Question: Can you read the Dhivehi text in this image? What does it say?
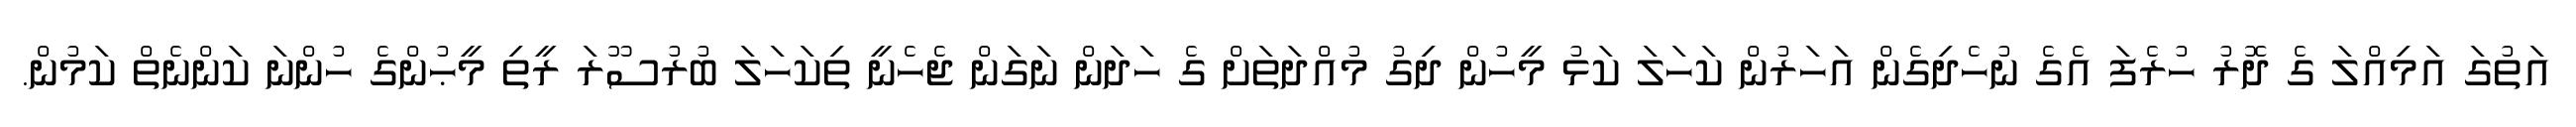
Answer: އަތުގަ އަމިއްލަ ގެ ދޮރު ހުރެފަ އެގެ ނުހެދިގެން އަހަރުން ކަހަލަ ކަޅު މީހުން ދިގު މުއްދަތަށް ގެ ހަދަން ނަގަން ޖެހެނީ ތިކަހަލަ ބުރުސޫރަ ރީތި މީޙުންގެ ހުންނަ ކަންނެތް ކަމުން.